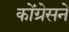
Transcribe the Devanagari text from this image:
कोंग्रेसने